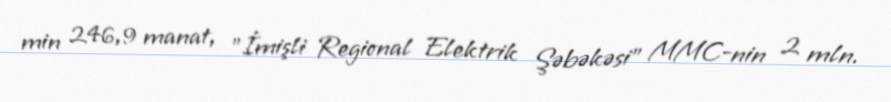
min 246,9 manat, "İmişli Regional Elektrik Şəbəkəsi" MMC-nin 2 mln.